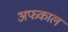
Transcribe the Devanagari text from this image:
अफकाल